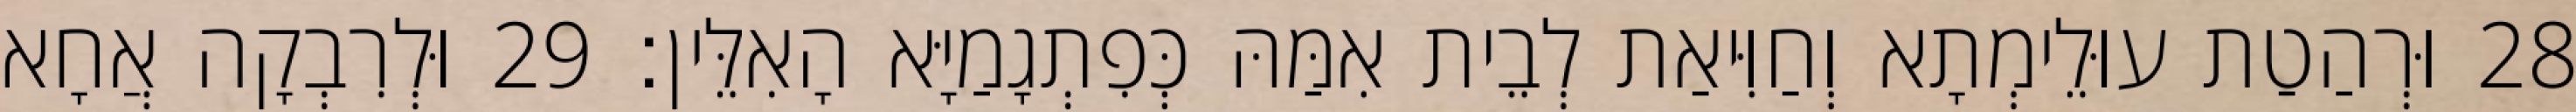
28 וּרְהַטַת עוּלֵימְתָא וְחַוִּיאַת לְבֵית אִמַּהּ כְּפִתְגָמַיָּא הָאִלֵּין׃ 29 וּלְרִבְקָה אֲחָא